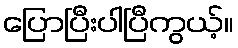
ပြောပြီးပါပြီကွယ့်။